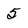
Character: 5